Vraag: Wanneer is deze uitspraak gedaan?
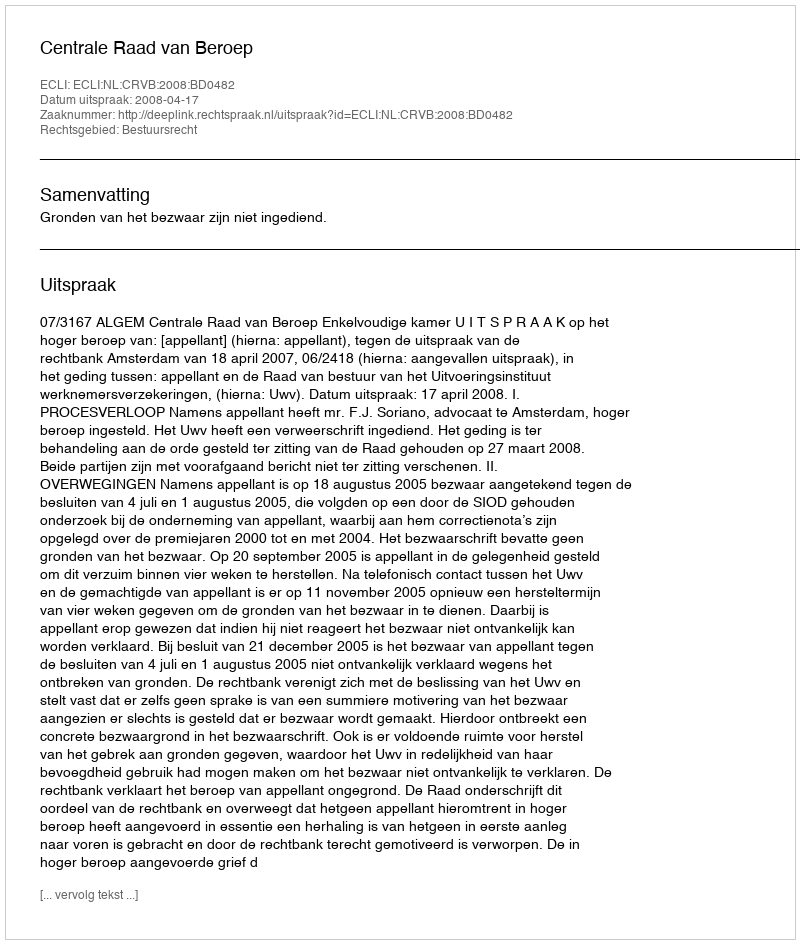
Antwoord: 2008-04-17